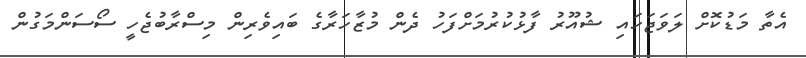
އެތާ މަޑުކޮށް ލަވަޖަހައި ޝުއޫރު ފާޅުކުރުމަށްފަހު ދެން މުޒާހަރާގެ ބައިވެރިން މިސްރާބުޖެހީ ސޯސަންމަގުން